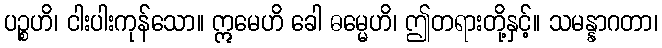
ပဉ္စဟိ၊ ငါးပါးကုန်သော။ ဣမေဟိ ခေါ ဓမ္မေဟိ၊ ဤတရားတို့နှင့်။ သမန္နာဂတာ၊